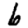
Digit: 6